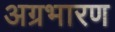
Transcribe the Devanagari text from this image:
अग्रभारण